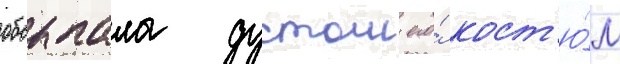
обсыпала дустом его́ кост'ю́м